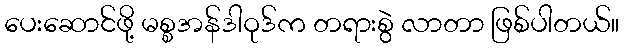
ပေးဆောင်ဖို့ မစ္စအန်ဒါဝုဒ်က တရားစွဲ လာတာ ဖြစ်ပါတယ်။